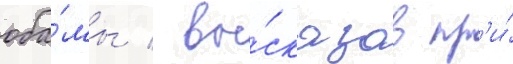
оба́мы / вы́сказав пр'и́